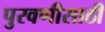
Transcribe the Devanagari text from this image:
पुरवणीसाठी